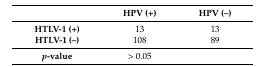
|  | HPV (+) | HPV (−) |
 | --- | --- | --- |
 | HTLV-1 (+) | 13 | 13 |
 | HTLV-1 (−) | 108 | 89 |
 | p-value | > 0.05 |  |